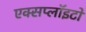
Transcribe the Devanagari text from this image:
एक्सप्लॉइटों